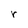
Character: r